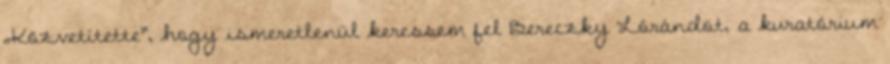
„Közvetítette”, hogy ismeretlenül keressem fel Bereczky Ló­rán­dot, a kura­tó­ri­um